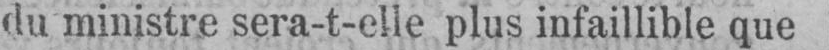
du ministre sera-t-elle plus infaillible que